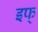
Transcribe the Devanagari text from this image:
इफ्